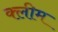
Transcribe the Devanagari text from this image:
क्लीम